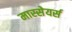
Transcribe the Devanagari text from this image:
मास्सेयर्स